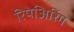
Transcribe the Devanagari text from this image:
रिपेअिरिंग